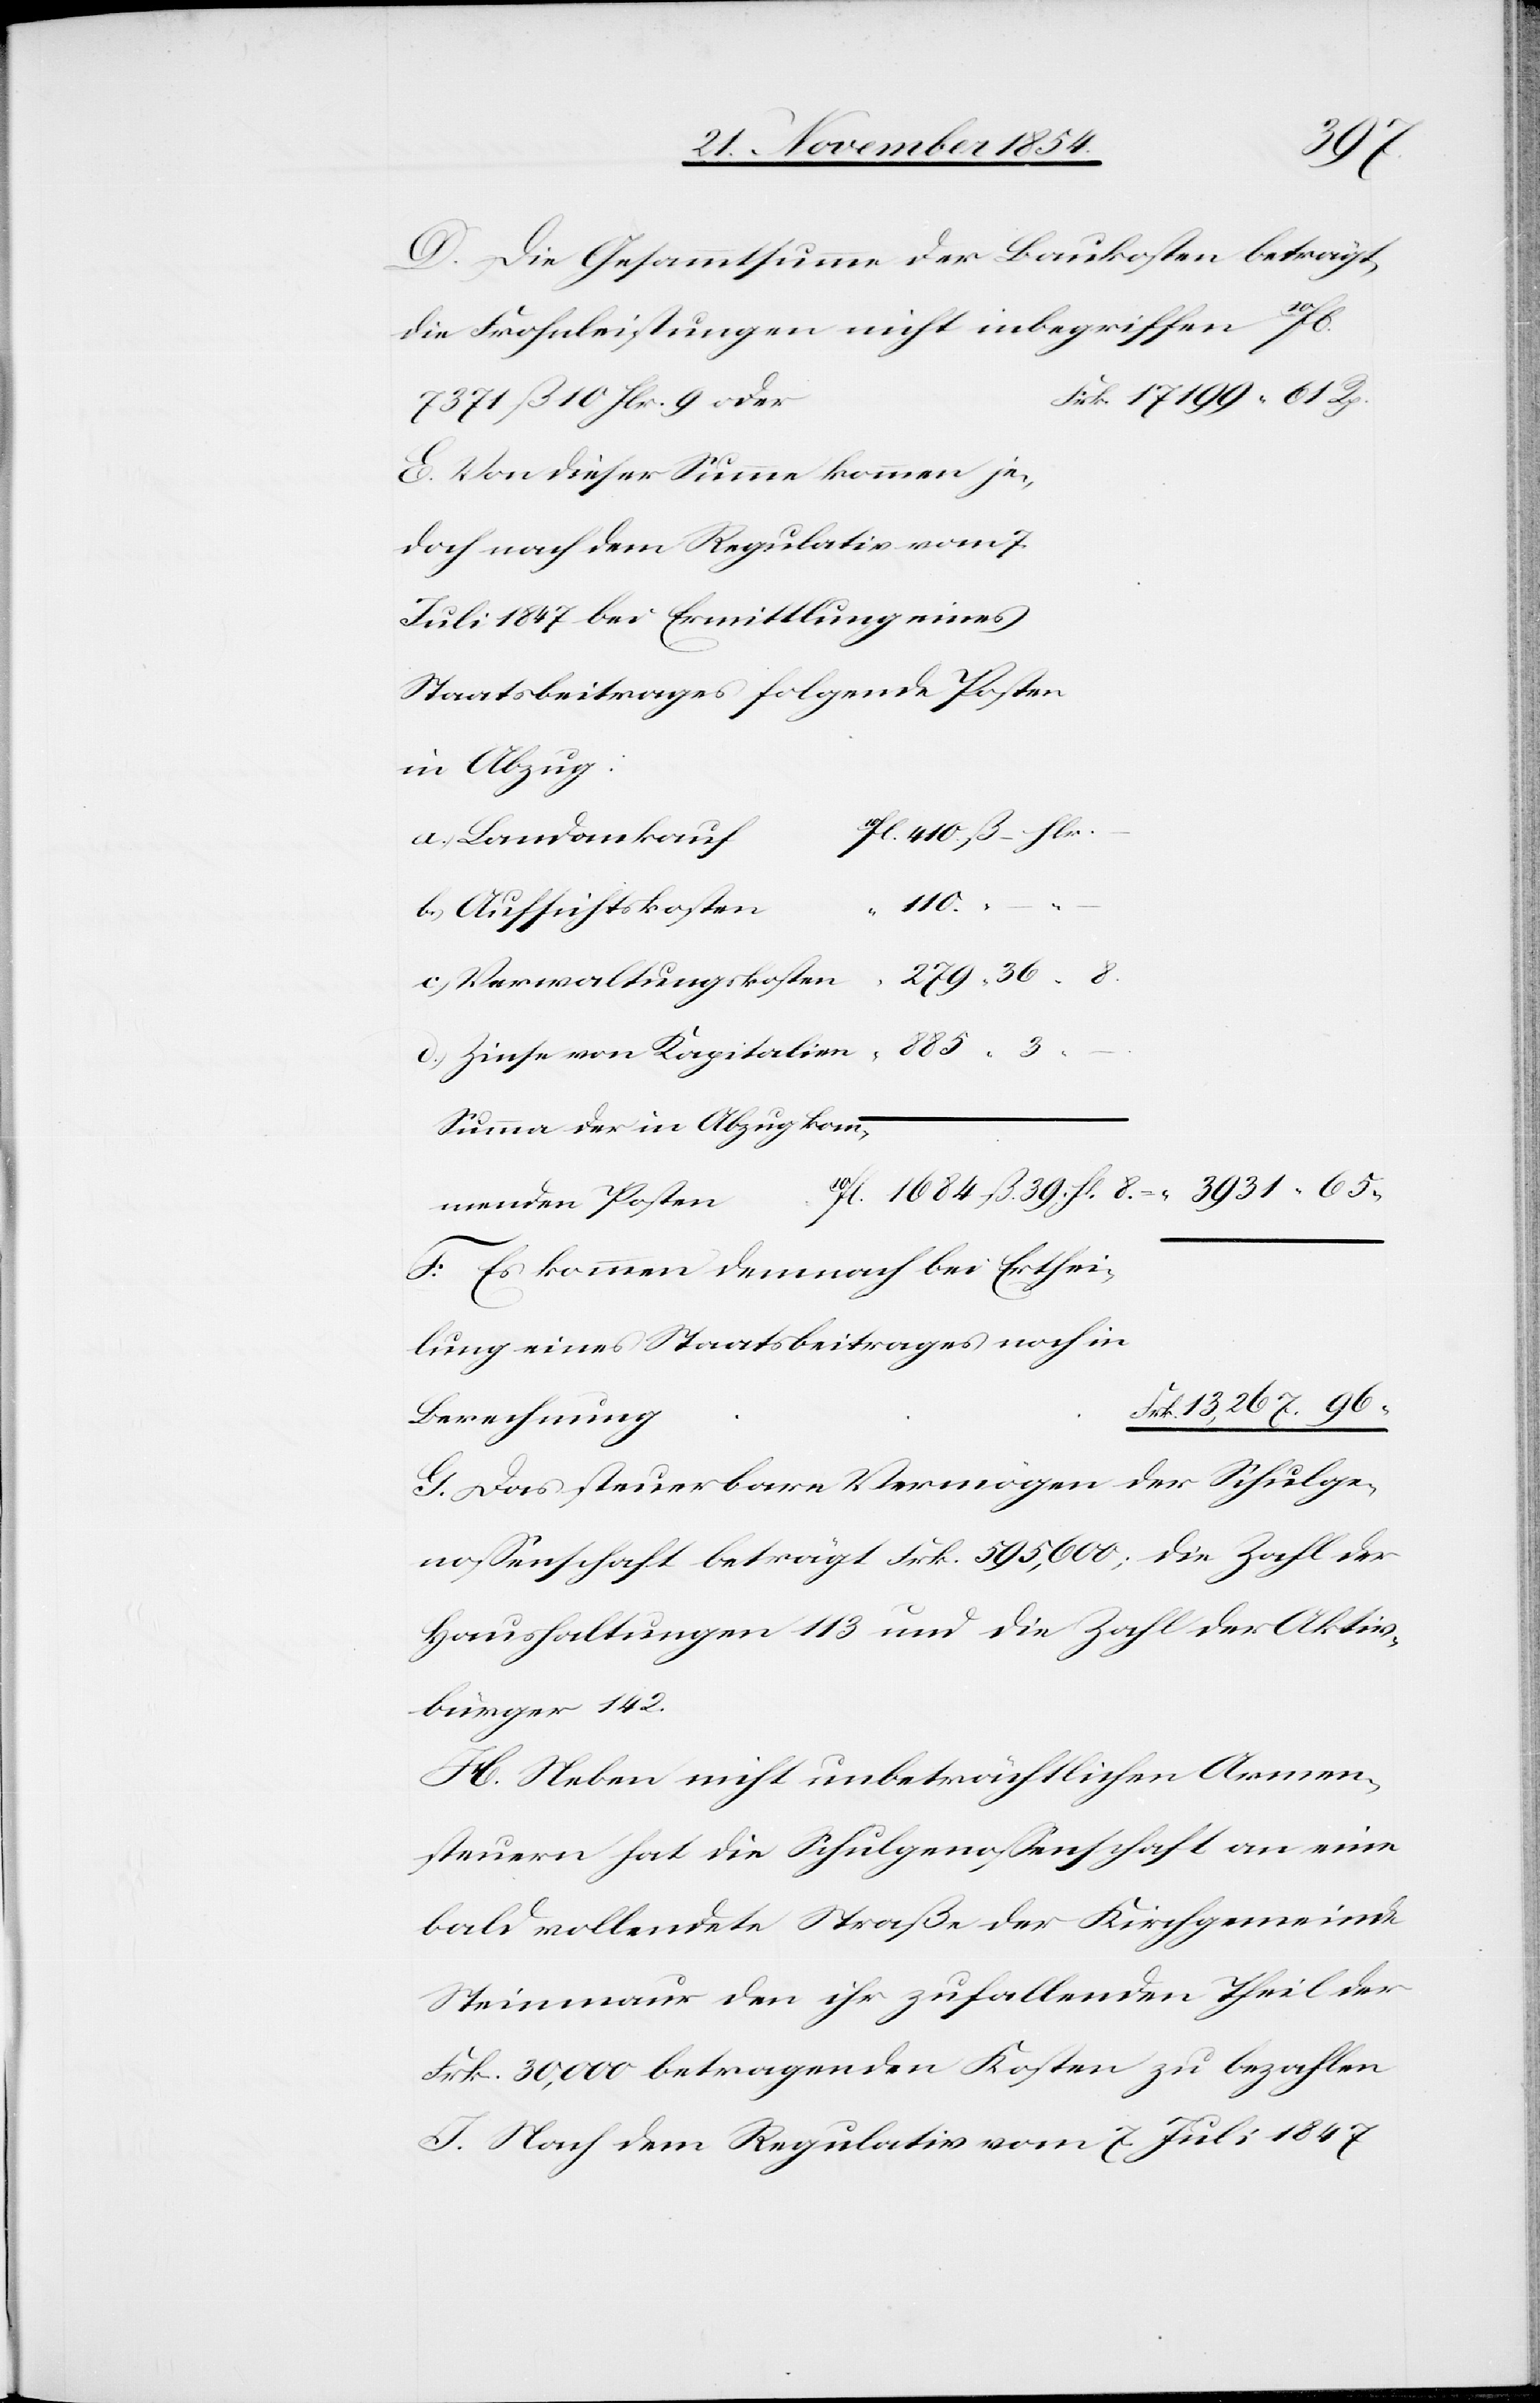
8.
D. Die Gesammtsumme der Baukosten beträgt,
die Frohnleistungen nicht inbegriffen 10fl
7371 ß 10 flr. 9 oder
E. Von dieser Summe kommen je¬
doch nach dem Regulativ vom 7.
Juli 1847 bei Ermittlung eines
Staatsbeitrages folgende Posten
in Abzug:
10fl. 410. ß – flr.
a.) Landankauf
“ 110.
b.) Aufsichtskosten
d.) Zinse von Kapitalien
Summa der in Abzug kom¬
36
menden Posten
F. E kommen demnach bei Erthei¬
lung eines Staatsbeitrages noch in
Berechnung
G. Das steuerbare Vermögen der Schulge¬
noßenschaft beträgt Frk. 595,600; die Zahl der
Haushaltungen 113 und die Zahl der Aktiv¬
bürger 142.
H. Neben nicht unbeträchtlichen Armena¬
usgaben hat die Schulgenoßenschaft an eine
bald vollendete Straße der Kirchgemeinde
Steinmaur den ihr zufallenden Theil der
Frk. 30,000 betragenden Kosten zu bezahlen.
I. Nach dem Regulativ vom 7. Juli 1847